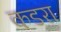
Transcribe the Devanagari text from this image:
कडरा